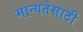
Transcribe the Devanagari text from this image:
मान्यतेसाठी